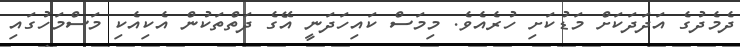
ދެމެދުގެ އަދަދަކަށް މަޑުކަށި ހުރެއެވެ. މިމަސް ކައިހަދަނީ އޭގެ ދަތްތަކުން އެކިއެކި މަސްމަހުގައި